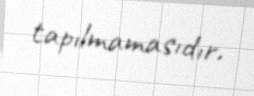
tapılmamasıdır.